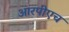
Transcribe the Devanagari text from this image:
आरपीएच